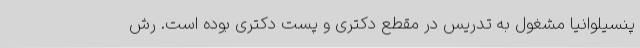
پنسیلوانیا مشغول به تدریس در مقطع دکتری و پست دکتری بوده‌ است. رش